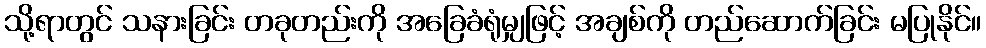
သို့ရာတွင် သနားခြင်း တခုတည်းကို အခြေခံရုံမျှဖြင့် အချစ်ကို တည်ဆောက်ခြင်း မပြုနိုင်။